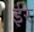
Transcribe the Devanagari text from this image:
ईरे